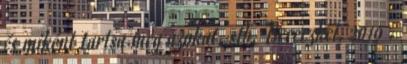
és miként tartsa meg azokat, stb. Bereczkei, 2010 .